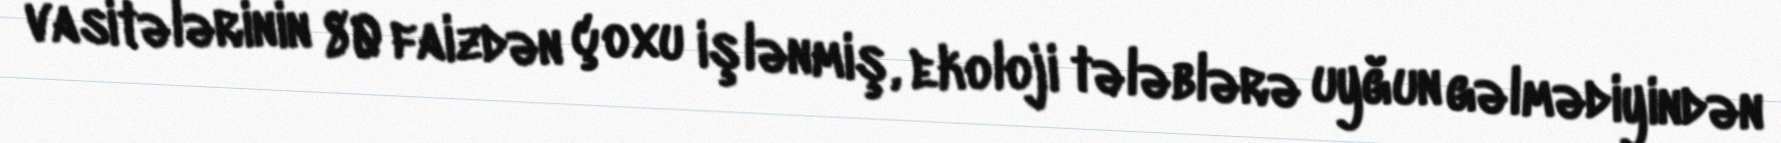
vasitələrinin 80 faizdən çoxu işlənmiş, ekoloji tələblərə uyğun gəlmədiyindən